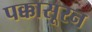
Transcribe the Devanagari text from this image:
पक्कासूरन